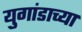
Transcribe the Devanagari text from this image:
युगांडाच्या